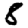
Digit: 8